Notes on the propagation and cultivation of the medicinal cinchonas, or Peruvian bark trees
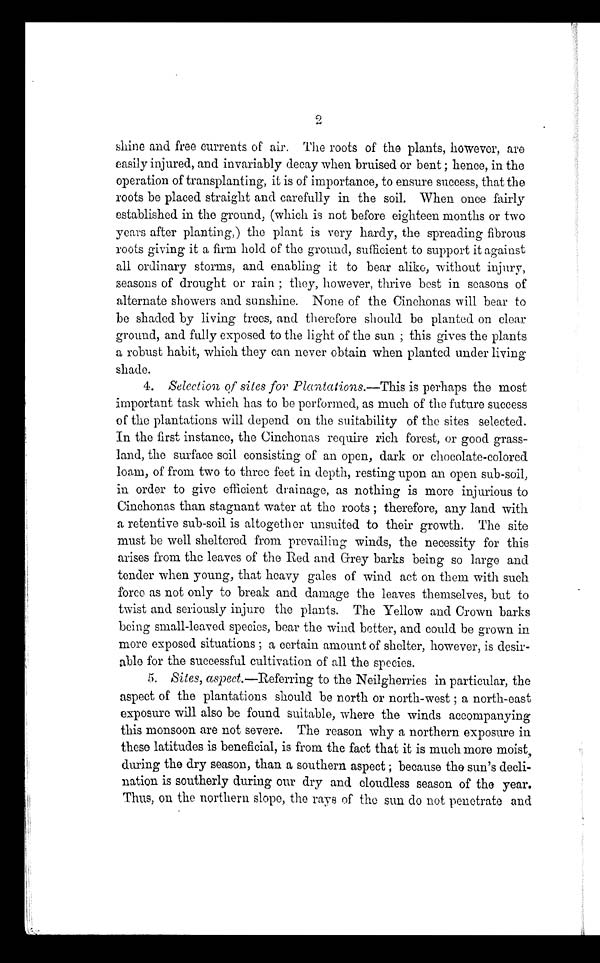
2
shine and free currents of air. The roots of the plants, however, are
easily injured, and invariably decay when bruised or bent ; hence, in the
operation of transplanting, it is of importance, to ensure success, that the
roots be placed straight and carefully in the soil. When once fairly
established in the ground, (which is not before eighteen months or two
years after planting,) the plant is very hardy, the spreading fibrous
roots giving it a firm hold of the ground, sufficient to support it against
all ordinary storms, and enabling it to bear alike, without injury,
seasons of drought or rain ; they, however, thrive best in seasons of
alternate showers and sunshine. None of the Cinchonas will bear to
be shaded by living trees, and therefore should be planted on clear
ground, and fully exposed to the light of the sun ; this gives the plants
a robust habit, which they can never obtain when planted under living
shade.
4. Selection of sites for Plantations.—This is perhaps the most
important task which has to be performed, as much of the future success
of the plantations will depend on the suitability of the sites selected.
In the first instance, the Cinchonas require rich forest, or good grass-
land, the surface soil consisting of an open, dark or chocolate-colored
loam, of from two to three feet in depth, resting upon an open sub-soil,
in order to give efficient drainage, as nothing is more injurious to
Cinchonas than stagnant water at the roots ; therefore, any land with
a retentive sub-soil is altogether unsuited to their growth. The site
must be well sheltered from prevailing winds, the necessity for this
arises from the leaves of the fled and Grey barks being so large and
tender when young, that heavy gales of wind act on them with such
force as not only to break and damage the leaves themselves, but to
twist and seriously injure the plants. The Yellow and Crown barks
being small-leaved species, bear the wind better, and could be grown in
more exposed situations ; a certain amount of shelter, however, is desir-
able for the successful cultivation of all the species.
5. Sites, aspect .—Referring to the Neilgherries in particular, the
aspect of the plantations should be north or north-west ; a north-east
exposure will also be found suitable, where the winds accompanying
this monsoon are not severe. The reason why a northern exposure in
these latitudes is beneficial, is from the fact that it is much more moist,
during the dry season, than a southern aspect ; because the sun's decli-
nation is southerly during our dry and cloudless season of the year.
Thus, on the northern slope, the rays of the sun do not penetrate and